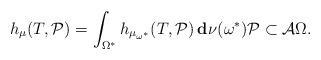
LaTeX: \begin{align*}h_\mu(T,\mathcal{P})=\int_{\Omega^*} h_{\mu_{\omega^\ast}}(T,\mathcal{P})\,\mathbf{d}\:\!\nu(\omega^\ast) \mathcal{P} \subset\mathcal{A} \Omega.\end{align*}